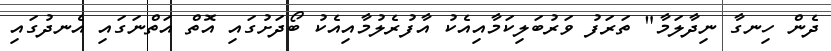
ދެން ހިނގާ ނިދާލަމާ" ތަރަފު ވަރުބަލިކަމާއިއެކު އާފުރެލުމާއިއެކު ބޯދަށުގައި އޮތް އަތްނަގައި އެނދުގައި